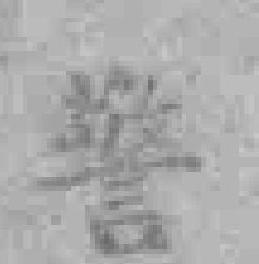
警